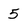
Character: 5